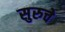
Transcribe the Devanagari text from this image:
सुरुचे